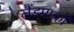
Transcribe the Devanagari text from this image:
लैंडमार्कों